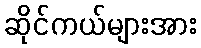
ဆိုင်ကယ်များအား